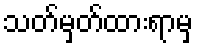
သတ်မှတ်ထားရာမှ